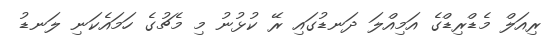
ރިއަލް މެޑްރިޑްގެ އަމިއްލަ ދަނޑުގައި ރޭ ކުޅުނު މި މެޗުގެ ހަމައެކަނި ލަނޑު